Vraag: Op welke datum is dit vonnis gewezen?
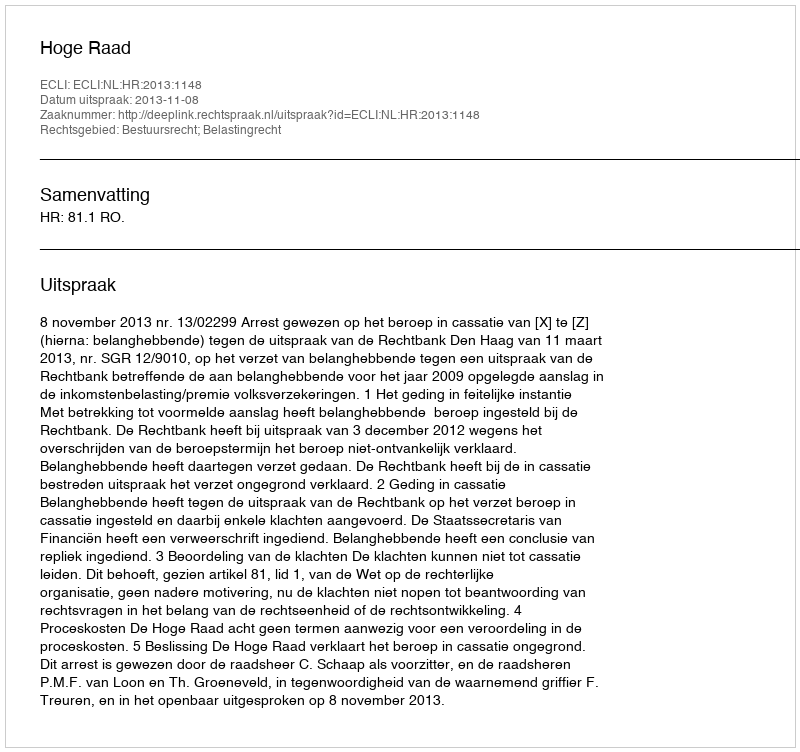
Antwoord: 2013-11-08